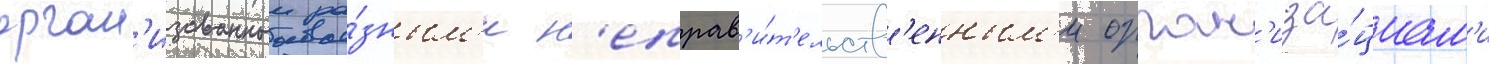
орган'изованныи ра́зным'и н'еправ'и́т'ельств'енным'и орган'иза́циам'и